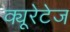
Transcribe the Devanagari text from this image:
क्यूरेटेज